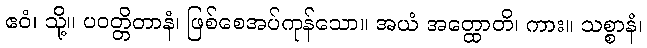
ဧဝံ၊ သို့။ ပဝတ္တိတာနံ၊ ဖြစ်စေအပ်ကုန်သော။ အယံ အတ္ထောတိ၊ ကား။ သစ္စာနံ၊